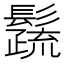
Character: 𩯕